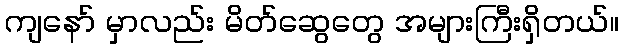
ကျနော် မှာလည်း မိတ်ဆွေတွေ အများကြီးရှိတယ်။